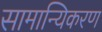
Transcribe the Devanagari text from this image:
सामान्यिकरण